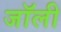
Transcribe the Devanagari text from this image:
जाॅली